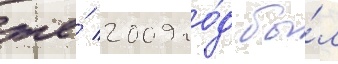
же́ 2009 го́д бы́л